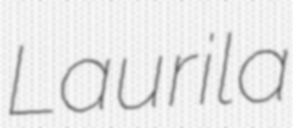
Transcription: Laurila